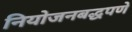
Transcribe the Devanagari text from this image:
नियोजनबद्धपणे